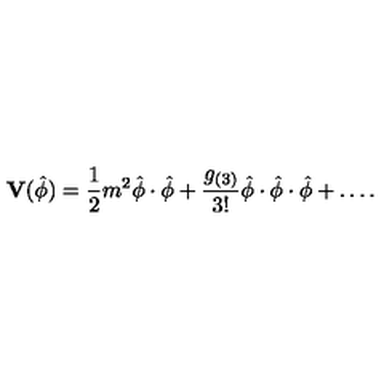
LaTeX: \mathbf { V } ( \hat { \phi } ) = \frac { 1 } { 2 } m ^ { 2 } \hat { \phi } \cdot \hat { \phi } + \frac { g _ { ( 3 ) } } { 3 ! } \hat { \phi } \cdot \hat { \phi } \cdot \hat { \phi } + \dots .